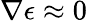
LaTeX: \nabla\epsilon\approx 0